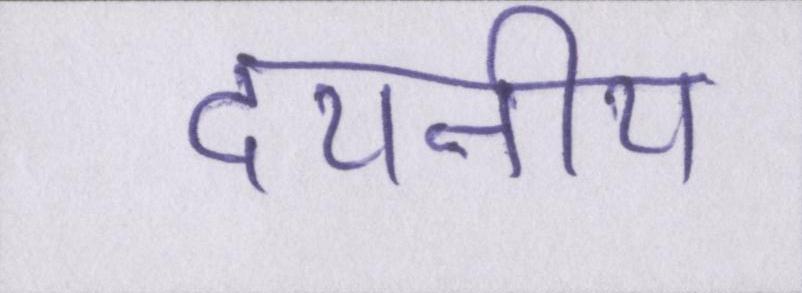
दयनीय